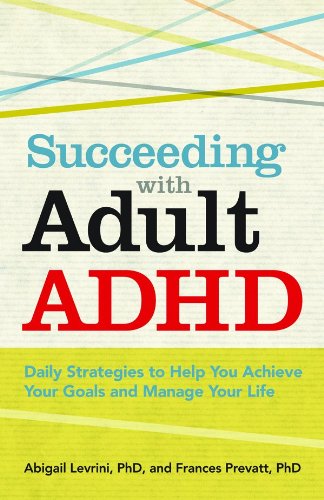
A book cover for Succeeding With Adult ADHD: Daily Strategies to Help You Achieve Your Goals and Manage Your Life (APA Lifetools); Abigail Levrini; Health, Fitness & Dieting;